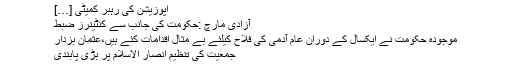
اپوزیشن کی رہبر کمیٹی […]
آزادی مارچ :حکومت کی جانب سے کنٹینرز ضبط
موجودہ حکومت نے ایکسال کے دوران عام آدمی کی فلاح کیلئے بے مثال اقدامات کئے ہیں،عثمان بزدار
جمعیت کی تنظیم انصار الاسلام پر بڑی پابندی